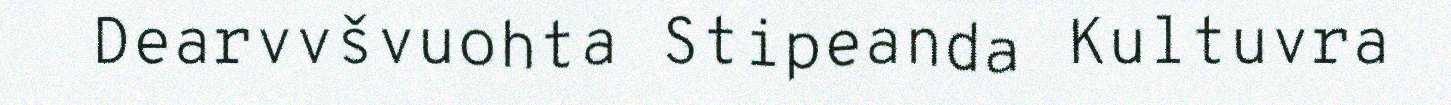
Dearvvšvuohta Stipeanda Kultuvra